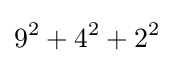
9^{2}+4^{2}+2^{2}